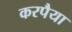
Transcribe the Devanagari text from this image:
करपैया